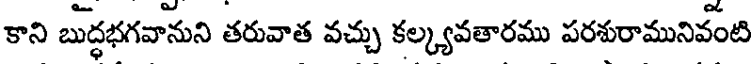
కాని బుద్ధభగవానుని తరువాత వచ్చు కల్క్యవతారము పరశురామునివంటి